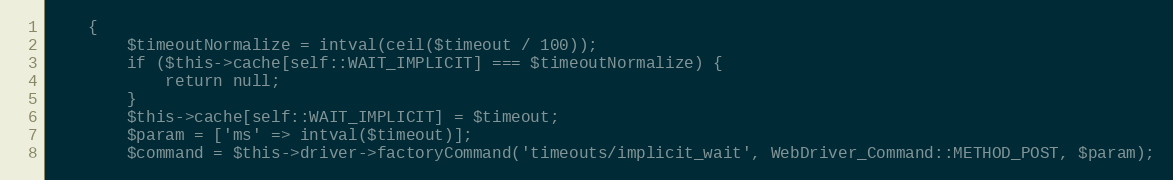
Language: PHP
    {
        $timeoutNormalize = intval(ceil($timeout / 100));
        if ($this->cache[self::WAIT_IMPLICIT] === $timeoutNormalize) {
            return null;
        }
        $this->cache[self::WAIT_IMPLICIT] = $timeout;
        $param = ['ms' => intval($timeout)];
        $command = $this->driver->factoryCommand('timeouts/implicit_wait', WebDriver_Command::METHOD_POST, $param);